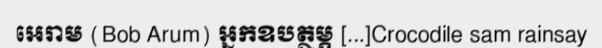
អេរាម (Bob Arum) អ្នកឧបត្ថម្ភ [...]Crocodile sam rainsay